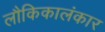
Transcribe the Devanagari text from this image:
लौकिकालंकार